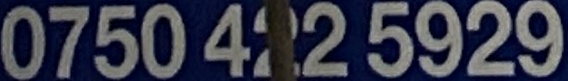
0750 422 5929